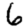
Digit: 6